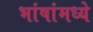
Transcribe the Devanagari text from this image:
भांषांमध्ये